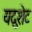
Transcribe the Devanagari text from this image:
यदुशेट